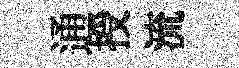
通授流